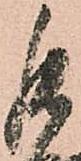
能